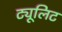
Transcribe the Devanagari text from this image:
ट्यूलिट